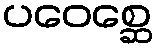
ပဝေစ္ဆေ